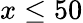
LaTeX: x\leq 50